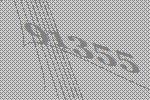
91355